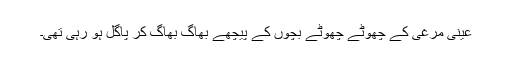
عینی مرغی کے چھوٹے چھوٹے بچوں کے پیچھے بھاگ بھاگ کر پاگل ہو رہی تھی۔